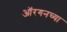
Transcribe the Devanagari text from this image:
ऑरगनच्या